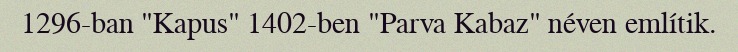
1296-ban "Kapus" 1402-ben "Parva Kabaz" néven említik.